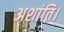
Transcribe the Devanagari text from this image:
अशांति।